Civil Veterinary Dept. Bombay admin report 1914-1922 - 1914-1922
Year: 1914
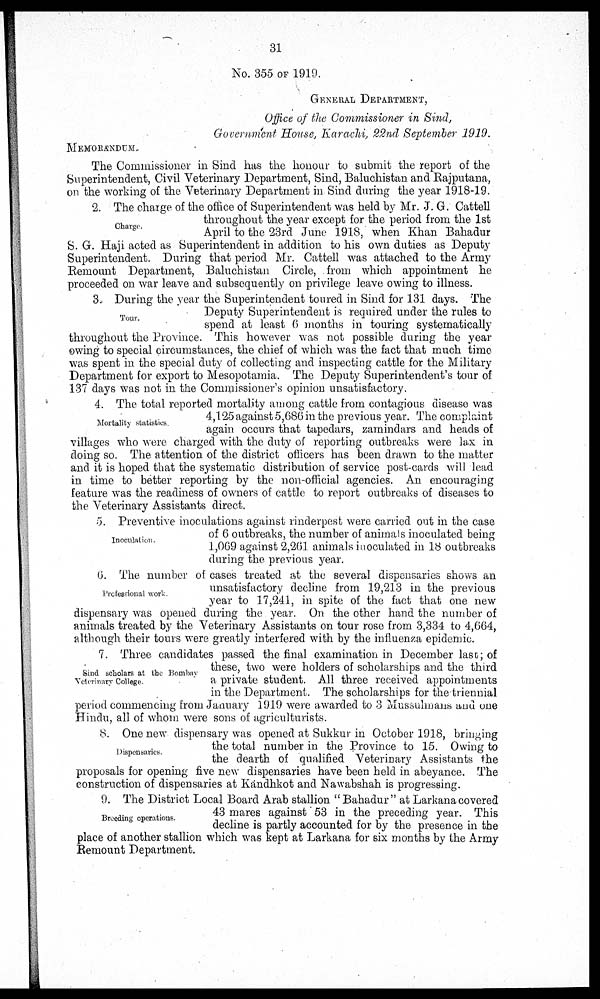
31
No. 355 OF 1919.
GENERAL DEPARTMENT,
Office of the Commissioner in Sind,
Government House, Karachi, 22nd September 1919.
MEMORANDUM.
The Commissioner in Sind has the honour to submit the report of the
Superintendent, Civil Veterinary Department, Sind, Baluchistan and Rajputana,
on the working of the Veterinary Department in Sind during the year 1918-19.
Charge.
2. The charge of the office of Superintendent was held by Mr. J. G. Cattell
throughout the year except for the period from the 1st
April to the 23rd June 1918, when Khan Bahadur
S. G. Haji acted as Superintendent in addition to his own duties as Deputy
Superintendent. During that period Mr. Cattell was attached to the Army
Remount Department, Baluchistan Circle, from which appointment he
proceeded on war leave and subsequently on privilege leave owing to illness.
Tour.
3. During the year the Superintendent toured in Sind for 131 days. The
Deputy Superintendent is required under the rules to
spend at least 6 months in touring systematically
throughout the Province. This however was not possible during the year
owing to special circumstances, the chief of which was the fact that much time
was spent in the special duty of collecting and inspecting cattle for the Military
Department for export to Mesopotamia. The Deputy Superintendent's tour of
137 days was not in the Commissioner's opinion unsatisfactory.
Mortality statistics.
4. The total reported mortality among cattle from contagious disease was
4,125 against 5,686 in the previous year. The complaint
again occurs that tapedars, zamindars and heads of
villages who were charged with the duty of reporting outbreaks were lax in
doing so. The attention of the district officers has been drawn to the matter
and it is hoped that the systematic distribution of service post-cards will lead
in time to better reporting by the non-official agencies. An encouraging
feature was the readiness of owners of cattle to report outbreaks of diseases to
the Veterinary Assistants direct.
Inoculation.
5. Preventive inoculations against rinderpest were carried out in the case
of 6 outbreaks, the number of animals inoculated being
1,069 against 2,261 animals inoculated in 18 outbreaks
during the previous year.
Professional work.
6. The number of cases treated at the several dispensaries shows an
unsatisfactory decline from 19,213 in the previous
year to 17,241, in spite of the fact that one new
dispensary was opened during the year. On the other hand the number of
animals treated by the Veterinary Assistants on tour rose from 3,334 to 4,664,
although their tours were greatly interfered with by the influenza epidemic.
Sind scholars at the Bombay
Veterinary College.
7. Three candidates passed the final examination in December last; of
these, two were holders of scholarships and the third
a private student. All three received appointments
in the Department. The scholarships for the triennial
period commencing from January 1919 were awarded to 3 Mussulmans and one
Hindu, all of whom were sons of agriculturists.
Dispensaries.
8. One new dispensary was opened at Sukkur in October 1918, bringing
the total number in the Province to 15. Owing to
the dearth of qualified Veterinary Assistants the
proposals for opening five new dispensaries have been held in abeyance. The
construction of dispensaries at Kandhkot and Nawabshah is progressing.
Breeding operations.
9. The District Local Board Arab stallion "Bahadur" at Larkana covered
43 mares against 53 in the preceding year. This
decline is partly accounted for by the presence in the
place of another stallion which was kept at Larkana for six months by the Army
Remount Department.